Indian journal of veterinary science and animal husbandry - Volume 4,
Year: 1934
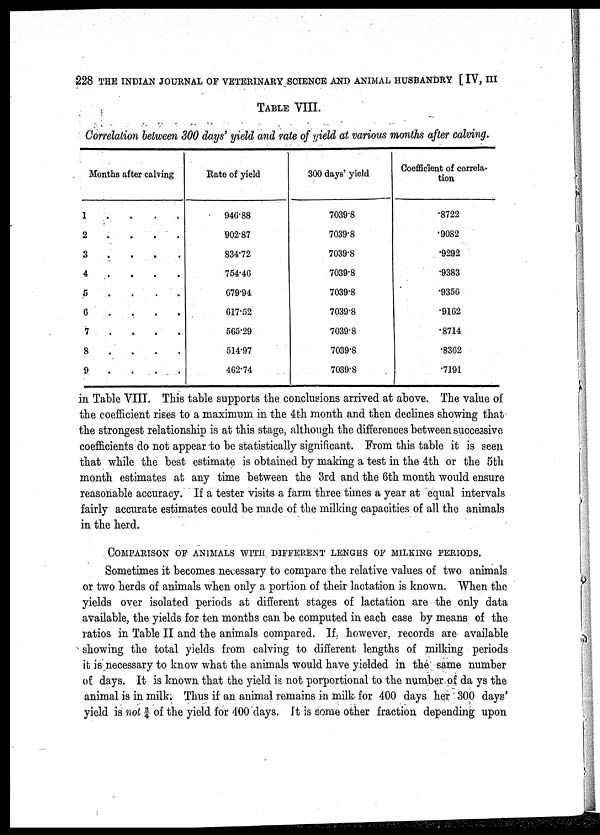
228 THE INDIAN JOURNAL OF VETERINARY SCIENCE AND ANIMAL HUSBANDRY [ IV, III
TABLE VIII.
Correlation between 300 days' yield and rate of yield at various months after calving.
Months after calving
1 . . . .
2 . . . .
3 . . . .
4 . . . .
5 . . . .
6 . . . .
7 . . . .
8 . . . .
9 . . . .
Rate of yield
946.88
902.87
834.72
754.46
679.94
617.52
565.29
514.97
462.74
300 days' yield
7039.8
7039.8
7039.8
7039.8
7039.8
7039.8
7039.8
7039.8
7039.8
Coefficient of correla-
tion
.8722
.9082
.9292
.9383
.9356
.9162
.8714
.8362
.7191
in Table VIII. This table supports the conclusions arrived at above. The value of
the coefficient rises to a maximum in the 4th month and then declines showing that
the strongest relationship is at this stage, although the differences between successive
coefficients do not appear to be statistically significant. From this table it is seen
that while the best estimate is obtained by making a test in the 4th or the 5 th
month estimates at any time between the 3rd and the 6th month would ensure
reasonable accuracy. If a tester visits a farm three times a year at equal intervals
fairly accurate estimates could be made of the milking capacities of all the animals
in the herd.
COMPARISON OF ANIMALS WITH DIFFERENT LENGHS OF MILKING PERIODS.
Sometimes it becomes necessary to compare the relative values of two animals
or two herds of animals when only a portion of their lactation is known. When the
yields over isolated periods at different stages of lactation are the only data
available, the yields for ten months can be computed in each case by means of the
ratios in Table II and the animals compared. If, however, records are available
showing the total yields from calving to different lengths of milking periods
it is necessary to know what the animals would have yielded in the same number
of days. It is known that the yield is not porportional to the number of da ys the
animal is in milk. Thus if an animal remains in milk for 400 days her 300 days'
yield is not ¾ of the yield for 400 days. It is some other fraction depending upon